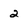
Character: 2